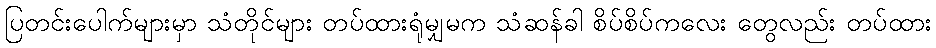
ပြတင်းပေါက်များမှာ သံတိုင်များ တပ်ထားရုံမျှမက သံဆန်ခါ စိပ်စိပ်ကလေး တွေလည်း တပ်ထား